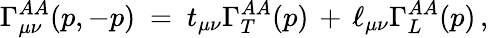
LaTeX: \Gamma_{\mu\nu}^{AA}(p,-p)\ =\ t_{\mu\nu}\Gamma_{T}^{AA}(p)\, +\, \ell_{\mu\nu}\Gamma_{L}^{AA}(p)\, ,